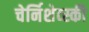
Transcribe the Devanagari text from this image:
चेर्निशेव्स्की